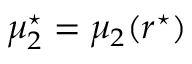
\mu _ { 2 } ^ { \star } = \mu _ { 2 } ( r ^ { \star } )